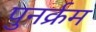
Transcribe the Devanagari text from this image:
पुनर्क्रम